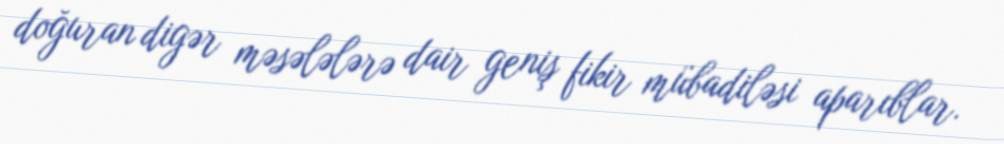
doğuran digər məsələlərə dair geniş fikir mübadiləsi aparıblar.